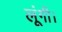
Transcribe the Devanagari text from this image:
लूंगी।